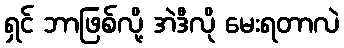
ရှင် ဘာဖြစ်လို့ အဲဒီလို မေးရတာလဲ